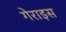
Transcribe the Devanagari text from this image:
गेराइस